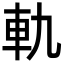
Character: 軌